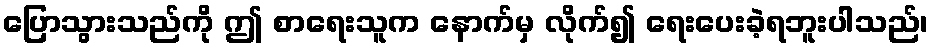
ပြောသွားသည်ကို ဤ စာရေးသူက နောက်မှ လိုက်၍ ရေးပေးခဲ့ရဘူးပါသည်၊